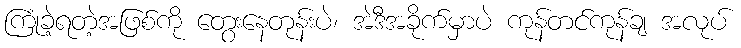
ကြုံခဲ့ရတဲ့အဖြစ်ကို တွေးနေတုန်းပဲ၊ အဲဒီအခိုက်မှာပဲ ကုန်တင်ကုန်ချ အလုပ်